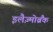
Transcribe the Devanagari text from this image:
इलैज़्मोब्रैंक